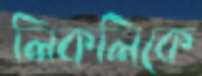
লিকলিকে